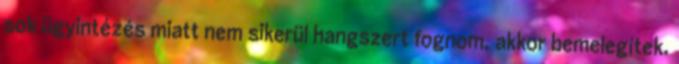
sok ügyintézés miatt nem sikerül hangszert fognom, akkor bemelegítek.